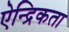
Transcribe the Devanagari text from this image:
ऐन्द्रिकता